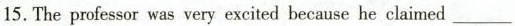
15.The professor was very excited because he claimed___